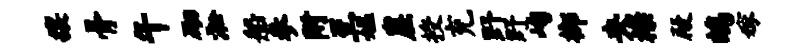
攘骨午砌淞船参附至媪崖授充野野峋榔央襟殿鸪嫁